Indian journal of veterinary science and animal husbandry - Volume 10,
Year: 1940
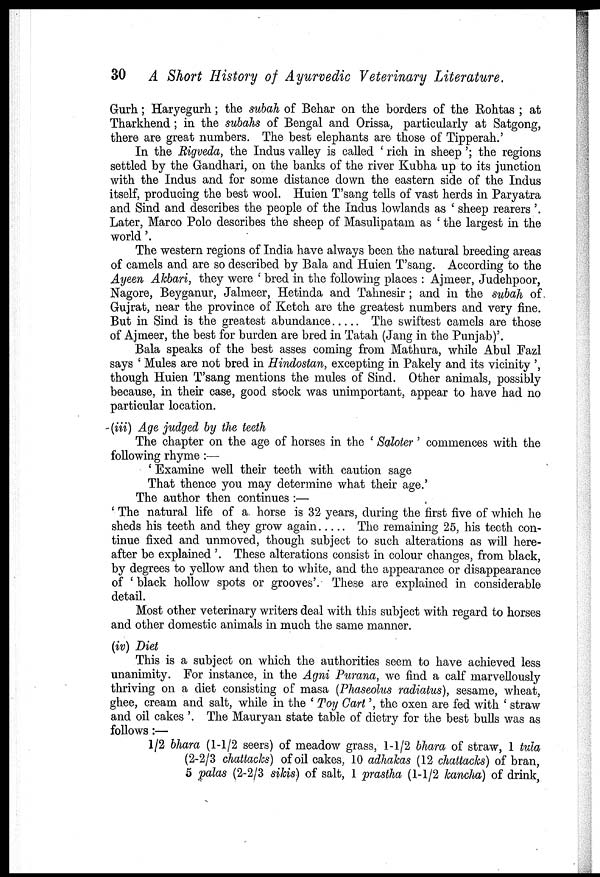
30 A Short History of Ayurvedic Veterinary Literature.
Gurh; Haryegurh; the subah of Behar on the borders of the Rohtas ; at
Tharkhend; in the subahs of Bengal and Orissa, particularly at Satgong,
there are great numbers. The best elephants are those of Tipperah.'
In the Rigveda, the Indus valley is called 'rich in sheep'; the regions
settled by the Gandhari, on the banks of the river Kubha up to its junction
with the Indus and for some distance down the eastern side of the Indus
itself, producing the best wool. Huien T'sang tells of vast herds in Paryatra
and Sind and describes the people of the Indus lowlands as ' sheep rearers '.
Later, Marco Polo describes the sheep of Masulipatam as ' the largest in the
world '.
The western regions of India have always been the natural breeding areas
of camels and are so described by Bala and Huien T'sang. According to the
Ayeen Akbari, they were ' bred in the following places : Ajmeer, Judehpoor,
Nagore, Beyganur, Jalmeer, Hetinda and Tahnesir ; and in the subah of
Gujrat, near the province of Ketch are the greatest numbers and very fine.
But in Sind is the greatest abundance
The swiftest camels are those
of Ajmeer, the best for burden are bred in Tatah (Jang in the Punjab)'.
Bala speaks of the best asses coming from Mathura, while Abul Fazl
says ' Mules are not bred in Hindostan, excepting in Pakely and its vicinity ',
though Huien T'sang mentions the mules of Sind. Other animals, possibly
because, in their case, good stock was unimportant, appear to have had no
particular location.
(iii) Age judged by the teeth
The chapter on the age of horses in the ' Saloter ' commences with the
following rhyme :—
' Examine well their teeth with caution sage
That thence you may determine what their age.'
The author then continues :—
' The natural life of a horse is 32 years, during the first five of which he
sheds his teeth and they grow again
The remaining 25, his teeth con-
tinue fixed and unmoved, though subject to such alterations as will here-
after be explained '. These alterations consist in colour changes, from black,
by degrees to yellow and then to white, and the appearance or disappearance
of ' black hollow spots or grooves'. These are explained in considerable
detail.
Most other veterinary writers deal with this subject with regard to horses
and other domestic animals in much the same manner.
(iv) Diet
This is a subject on which the authorities seem to have achieved less
unanimity. For instance, in the Agni Purana, we find a calf marvellously
thriving on a diet consisting of masa (Phaseolus radiatus), sesame, wheat,
ghee, cream and salt, while in the ' Toy Cart', the oxen are fed with ' straw
and oil cakes '. The Mauryan state table of dietry for the best bulls was as
follows :—
1/2 bhara (1-1/2 seers) of meadow grass, 1-1/2 bhara of straw, 1 tula
(2-2/3 chattacks) of oil cakes, 10 adhakas (12 chattacks) of bran,
5 palas (2-2/3 sikis) of salt, 1 prastha (1-1/2 kancha) of drink,